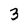
Character: 3